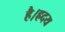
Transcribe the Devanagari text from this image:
है।ह्रदय